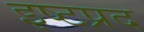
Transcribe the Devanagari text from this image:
इष्टप्रद